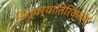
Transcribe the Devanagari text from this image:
धात्वर्थातिरिक्तम्